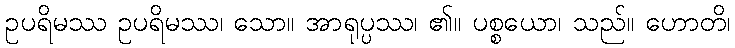
ဥပရိမဿ ဥပရိမဿ၊ သော။ အာရုပ္ပဿ၊ ၏။ ပစ္စယော၊ သည်။ ဟောတိ၊